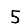
Digit: 5